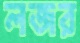
লজর